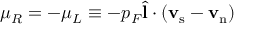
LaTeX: \mu _ { R } = - \mu _ { L } \equiv - p _ { F } { \hat { \bf l } } \cdot ( { \bf v } _ { \mathrm { s } } - { \bf v } _ { \mathrm { n } } )